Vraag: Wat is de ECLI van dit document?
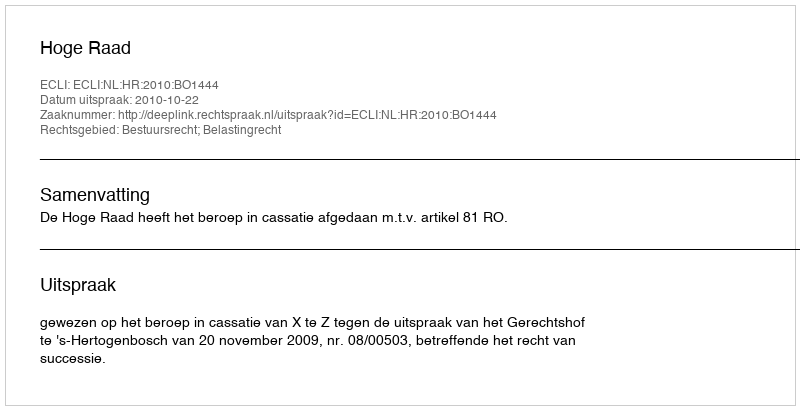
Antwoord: ECLI:NL:HR:2010:BO1444